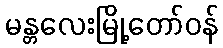
မန္တလေးမြို့တော်ဝန်